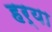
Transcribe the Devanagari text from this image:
हर्‍या